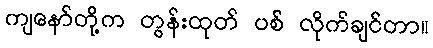
ကျနော်တို့က တွန်းထုတ် ပစ် လိုက်ချင်တာ။